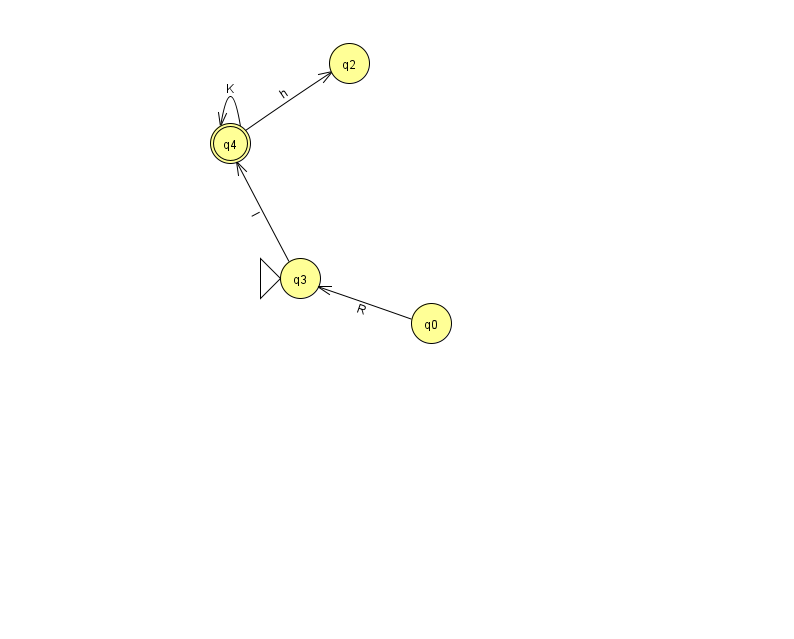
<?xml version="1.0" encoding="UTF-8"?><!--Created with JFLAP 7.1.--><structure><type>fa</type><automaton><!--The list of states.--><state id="0" name="q0"><x>431.0</x><y>310.0</y></state><state id="2" name="q2"><x>349.0</x><y>50.0</y></state><state id="3" name="q3"><x>300.0</x><y>265.0</y><initial/></state><state id="4" name="q4"><x>230.0</x><y>130.0</y><final/></state><!--The list of transitions.--><transition><from>3</from><to>4</to><read>l</read></transition><transition><from>4</from><to>2</to><read>h</read></transition><transition><from>4</from><to>4</to><read>K</read></transition><transition><from>0</from><to>3</to><read>R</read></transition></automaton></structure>